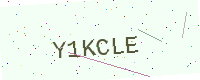
Text: Y1KCLE